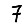
Digit: 7